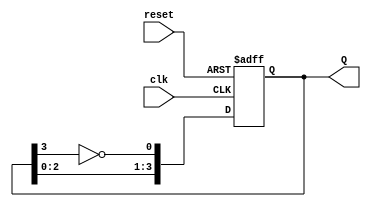
module johnson_counter (
    input wire clk,         // Clock input
    input wire reset,       // Asynchronous reset
    output reg [3:0] Q      // 4-bit output
);

    // Sequential logic for the Johnson counter
    always @(posedge clk or posedge reset) begin
        if (reset) begin
            Q <= 4'b0000;  // Reset the counter to 0000
        end else begin
            Q[0] <= ~Q[3];  // D0 gets the inverted value of Q3
            Q[1] <= Q[0];   // D1 gets the value of D0
            Q[2] <= Q[1];   // D2 gets the value of D1
            Q[3] <= Q[2];   // D3 gets the value of D2
        end
    end

endmodule